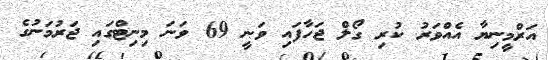
އަރްމީނިޔާ އެއްވަރު ކުރި ގޯލް ޖަހާފައި ވަނީ 69 ވަނަ މިނިޓްގައި ޖަރުމަނުގެ